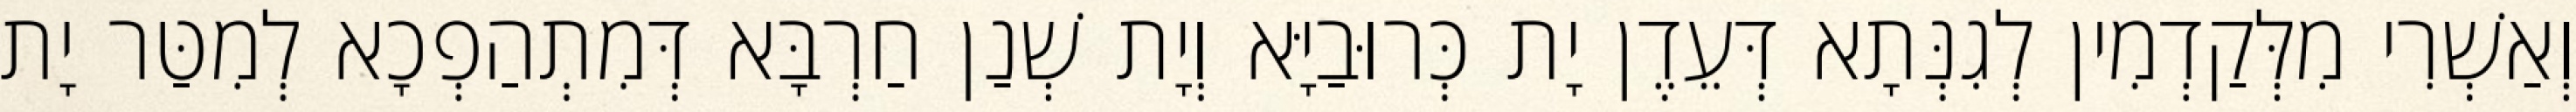
וְאַשְׁרִי מִלְּקַדְמִין לְגִנְּתָא דְּעֵדֶן יָת כְּרוּבַיָּא וְיָת שְׁנַן חַרְבָּא דְּמִתְהַפְכָא לְמִטַּר יָת